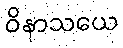
ဝိနာသယေ